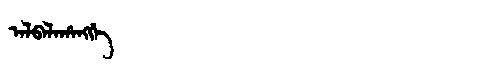
Manchu: ᠠᠯᠪᠠᠯᠠᡥᠠᠩᡤᡝ
Romanization: ALBALAHANGGE